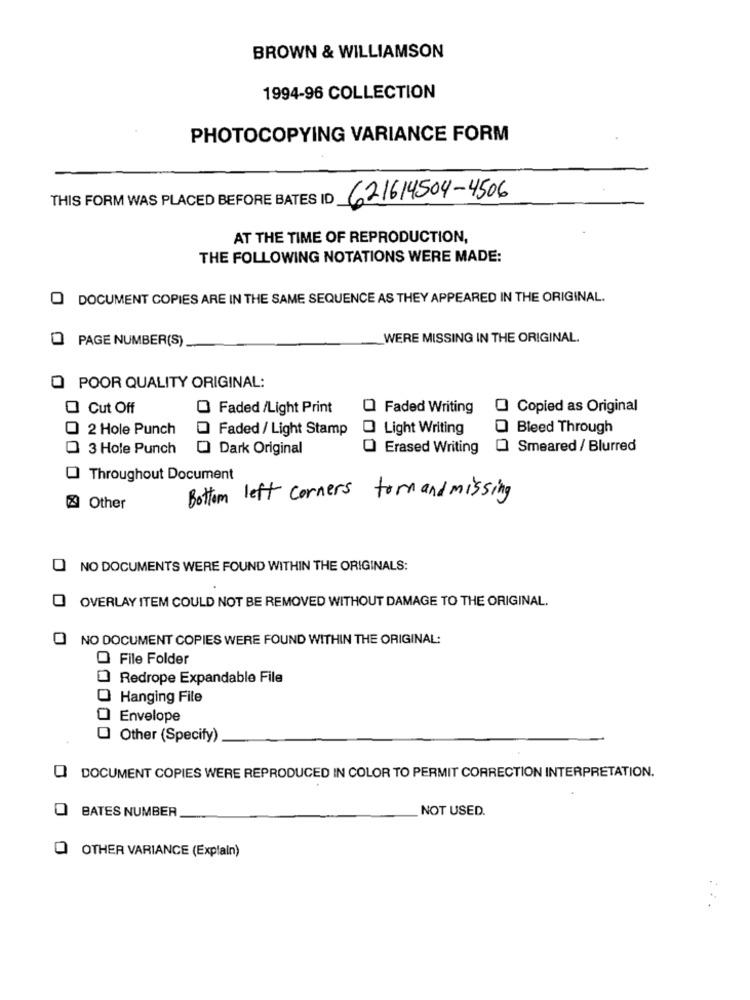
BROWN & WILLIAMSON
1994-96 COLLECTION
PHOTOCOPYING VARIANCE FORM
THIS FORM WAS PLACED BEFORE BATES ID
621614504-4506
AT THE TIME OF REPRODUCTION,
THE FOLLOWING NOTATIONS WERE MADE:
DOCUMENT COPIES ARE IN THE SAME SEQUENCE AS THEY APPEARED IN THE ORIGINAL.
PAGE NUMBER(S)
WERE MISSING IN THE ORIGINAL.
POOR QUALITY ORIGINAL:
Cut Off
Faded /Light Print
O Faded Writing
Copied as Original
2 Hole Punch
Faded / Light Stamp
Light Writing
Bleed Through
3 Hole Punch
Dark Original
Erased Writing
Smeared / Blurred
Throughout Document
Bottom left corners torn and missing
Other
O NO DOCUMENTS WERE FOUND WITHIN THE ORIGINALS:
OVERLAY ITEM COULD NOT BE REMOVED WITHOUT DAMAGE TO THE ORIGINAL.
NO DOCUMENT COPIES WERE FOUND WITHIN THE ORIGINAL:
O File Folder
Redrope Expandable File
0
Hanging File
Envelope
0
Other (Specify)
Q DOCUMENT COPIES WERE REPRODUCED IN COLOR TO PERMIT CORRECTION INTERPRETATION.
BATES NUMBER
NOT USED.
O OTHER VARIANCE (Explain)